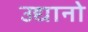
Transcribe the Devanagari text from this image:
उद्यानो